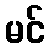
မင်